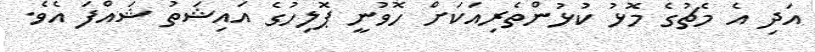
އަދި އެ މެޗުގެ މޮޅު ކުޅުންތެރިއަކަށް ހޮވުނީ ޕޮލިހުގެ އައިޝަތު ޝައްފަ އެވެ.